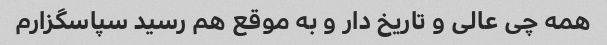
همه چی عالی و تاریخ دار و به موقع هم رسید سپاسگزارم